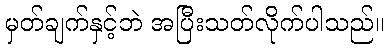
မှတ်ချက်နှင့်ဘဲ အပြီးသတ်လိုက်ပါသည်။